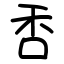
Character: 㕿